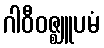
ဂါဝီဝဇ္ဈူပမံ